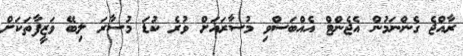
ރާއްޖެ ގެންނަމުން އެޖެންޓް އެއްބަސްވި މުސާރައަށް ވުރެ ކުޑަ މުސާރަ ލިބޭ ވަޒީފާތަކަށް